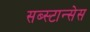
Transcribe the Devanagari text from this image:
सब्स्टान्सेस